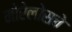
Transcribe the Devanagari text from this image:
मोरेलोसचे